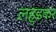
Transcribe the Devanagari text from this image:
लहुडकर